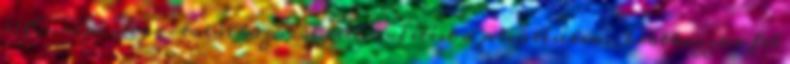
12 Európa Liga-találkozóról tett említést a jelentésében. Iratkozzon fel